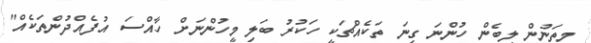
މިތަނުން ލިބެން ހުންނަ ގިނަ ތަކެއްޗަކީ ހަކުރު ބަލި މީހުންނަށް ހާއްސަ އުފެއްދުންތަކެއް"